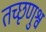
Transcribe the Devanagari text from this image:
तच्छृणुश्व